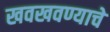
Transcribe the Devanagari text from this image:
खवखवण्याचे